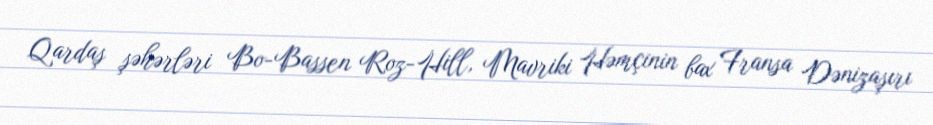
Qardaş şəhərləri Bo-Bassen Roz-Hill, Mavriki Həmçinin bax Fransa Dənizaşırı